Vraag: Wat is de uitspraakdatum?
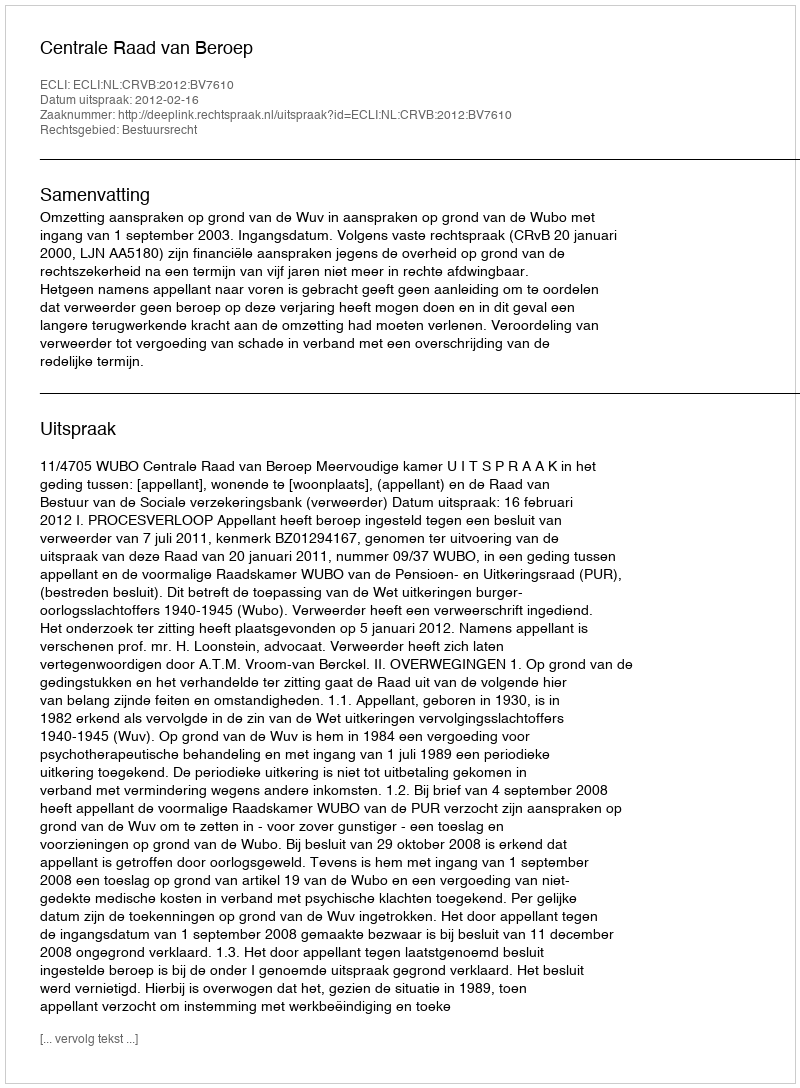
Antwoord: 2012-02-16